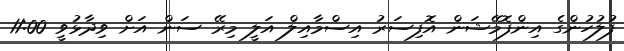
ފުލުހުންގެ އިންފޮމޭޝަން އޮފިސަރު އިސްމާއިލް އަލީ މިރޭ ސަން އަށް ވިދާޅުވީ 11:00